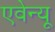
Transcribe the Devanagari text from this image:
एवेन्‍यू